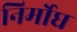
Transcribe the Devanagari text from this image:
निर्मोघ